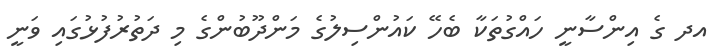
އދ ގެ އިންސާނީ ހައްގުތަކާ ބެހޭ ކައުންސިލުގެ މަންދޫބުންގެ މި ދަތުރުފުޅުގައި ވަނީ